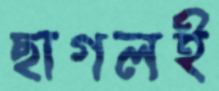
ছাগলই